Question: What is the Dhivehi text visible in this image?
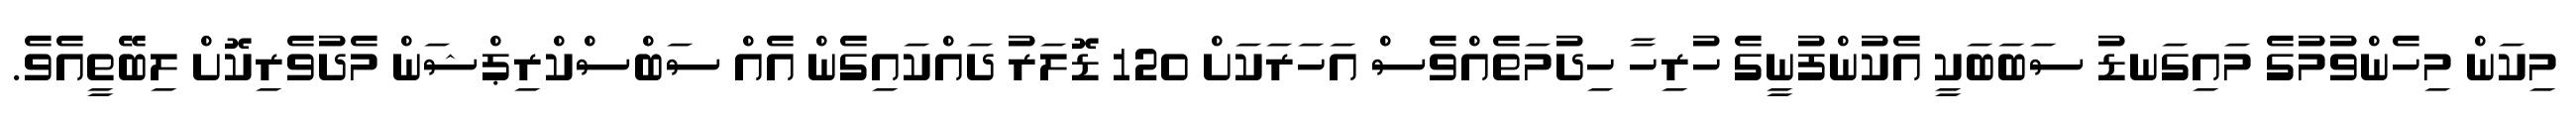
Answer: މިކަން މިހެންވުމުގެ މައިގަނޑު ސަބަބަކީ އެކުންފުނީގެ ހުރިހާ ހިދުމަތެއްވެސް އަހަރަކަށް 120 ޑޮލަރު ދައްކައިގެން އެއް ސަބްސްކްރިޕްޝަން މެދުވެރިކޮށް ލިބޭތީއެވެ.